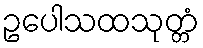
ဥပေါသထသုတ္တံ